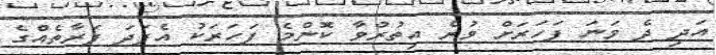
އަދި ދެ ވަނަ ފަހަރަށް ވުރެ އިތުރުވާ ކޮންމެ ފަހަރަކު އެފަދަ ފަރާތެއްގެ